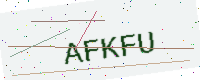
Text: AFKFU